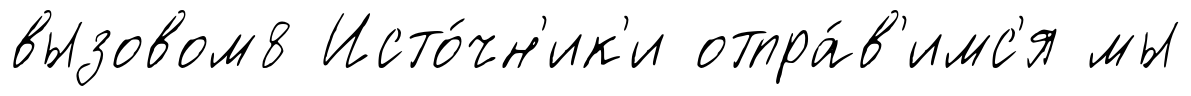
вызовом8 Исто́чн'ик'и отпра́в'имс'я мы